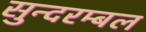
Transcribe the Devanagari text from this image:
सुन्दरम्बल